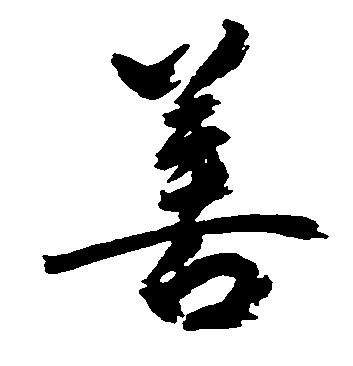
善